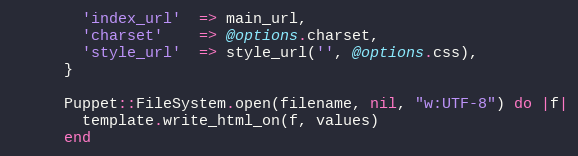
Language: Ruby
        'index_url'  => main_url,
        'charset'    => @options.charset,
        'style_url'  => style_url('', @options.css),
      }

      Puppet::FileSystem.open(filename, nil, "w:UTF-8") do |f|
        template.write_html_on(f, values)
      end